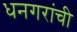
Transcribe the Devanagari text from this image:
धनगरांची